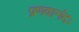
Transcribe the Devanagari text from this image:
प्रणवानंदः